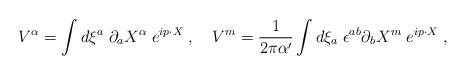
\begin{align*}V^\alpha = \int d\xi^a\; \partial_a X^\alpha\; e^{ip \cdot X}\; , \ \ \ V^m = {1\over 2\pi\alpha^\prime} \int d\xi_a\; \epsilon^{ab} \partial_b X^m \; e^{ip\cdot X} \; ,\end{align*}